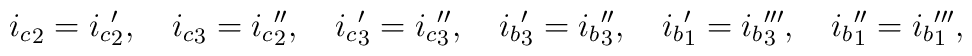
{i_c}_2={i_c}_2',\quad {i_c}_3={i_c}_2'',\quad {i_c}_3'={i_c}_3'',\quad{i_b}_3'={i_b}_3'',\quad{i_b}_1'={i_b}_3''',\quad {i_b}_1''={i_b}_1''',